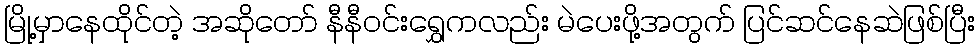
မြို့မှာနေထိုင်တဲ့ အဆိုတော် နီနီဝင်းရွှေကလည်း မဲပေးဖို့အတွက် ပြင်ဆင်နေဆဲဖြစ်ပြီး